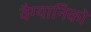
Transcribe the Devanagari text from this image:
वैग्यानिको